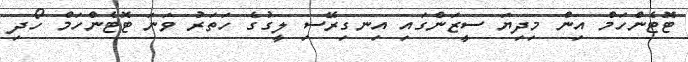
ޓޮޓެންހަމް އިން މިދިޔަ ސީޒަންގައި އިނގިރޭސި ލީގުގެ ހަތަރު ވަނަ ޓޮޓެންހަމް ހޯދި